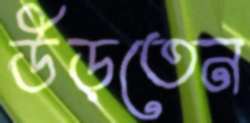
উড়তেন